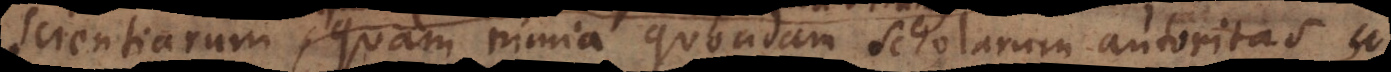
ie, quam nimia quondam Scholarum autoritas